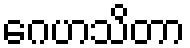
ဂေဟသိတာ